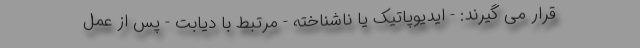
قرار می گیرند: - ایدیوپاتیک یا ناشناخته - مرتبط با دیابت - پس از عمل